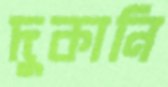
দুকানি